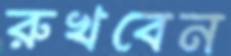
রুখবেন